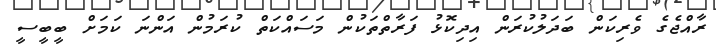
ރާއްޖެގެ ވެރިކަން ބަދަލުކުރަން އިދިކޮޅު ފަރާތްތަކުން މަސައްކަތް ކުރަމުން އަންނަ ކަމަށް ބީބީސީ